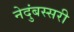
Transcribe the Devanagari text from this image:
नेदुंबस्सरी